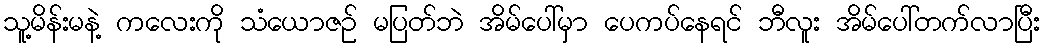
သူ့မိန်းမနဲ့ ကလေးကို သံယောဇဉ် မပြတ်ဘဲ အိမ်ပေါ်မှာ ပေကပ်နေရင် ဘီလူး အိမ်ပေါ်တက်လာပြီး